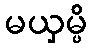
မယှမ္ပိ